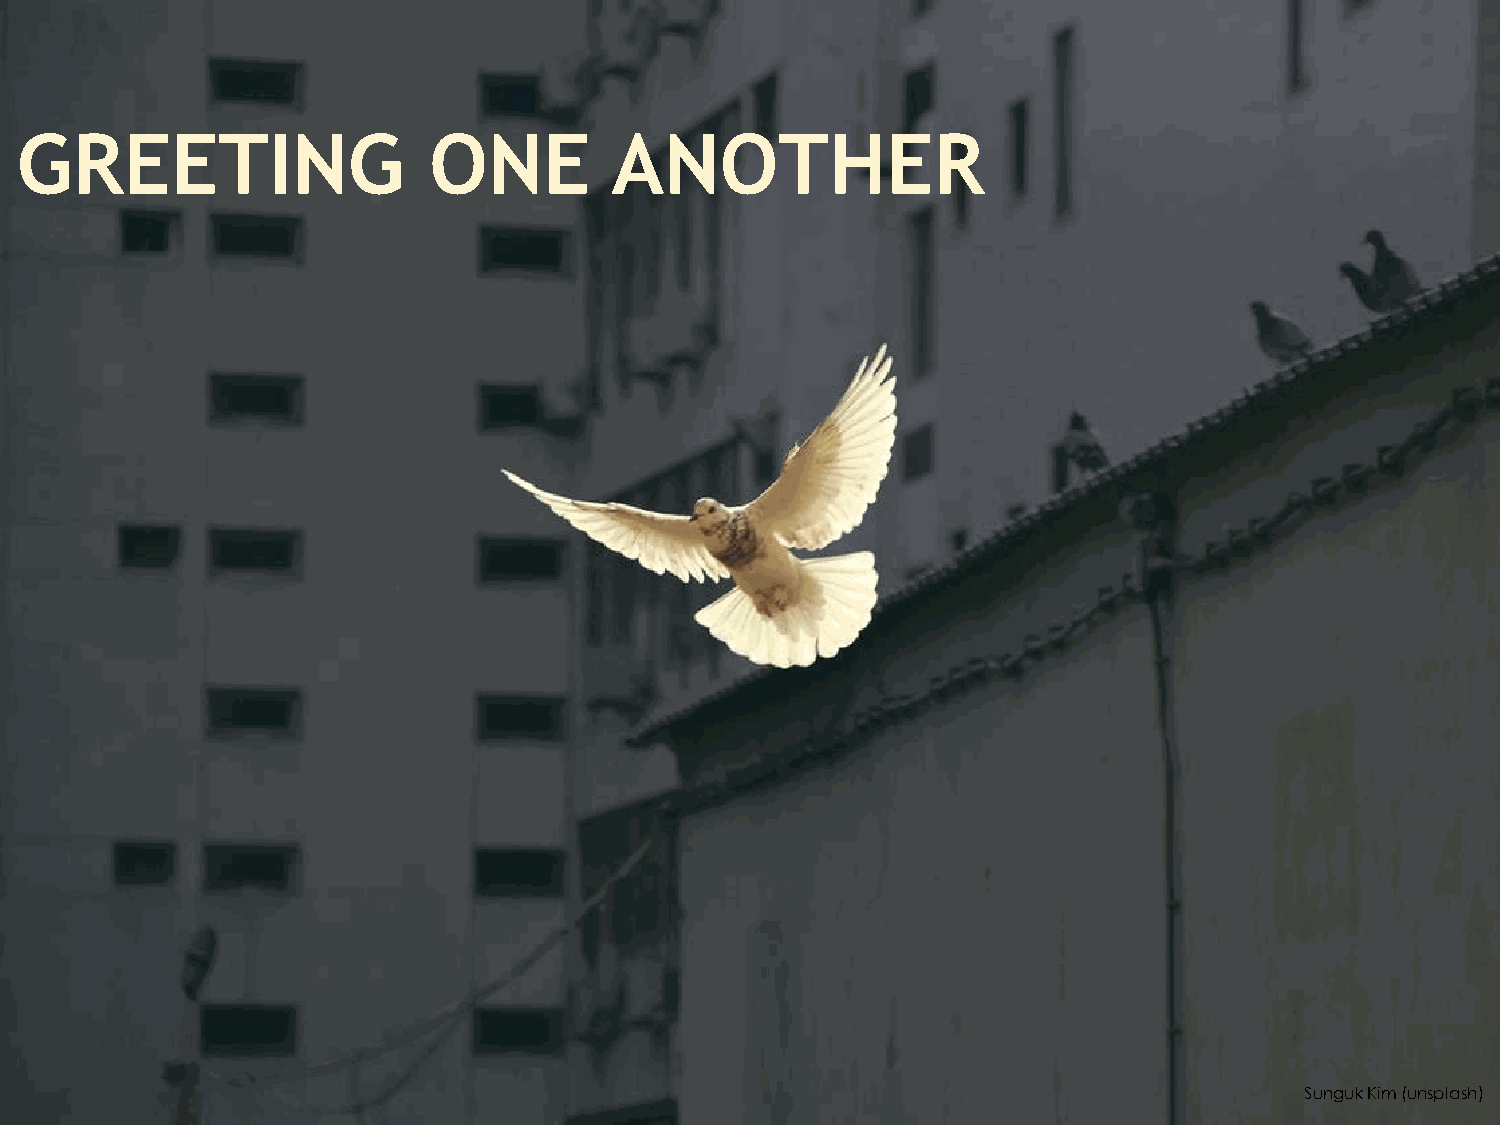
GREETING                   ONE         ANOTHER
 SungukKim (unsplash)